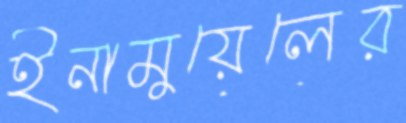
ইনামুয়েলের